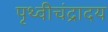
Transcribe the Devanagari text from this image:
पृथ्वीचंद्रादय